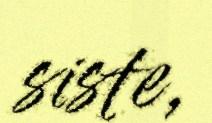
siste,